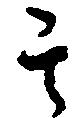
其